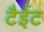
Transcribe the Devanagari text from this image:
टैईट